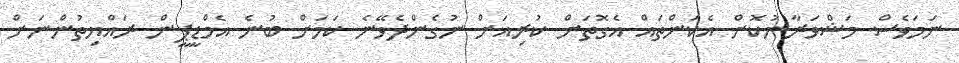
ނަމަވެސް މަޝްވަރާނުކޮށް އެކަންތައް އެގޮތަށް ކުރިއަށް ނުގެންދެވޭނެ ކަމަށް ބުނެ އެމްޑީޕީން ރައްޔިތުންނަށް